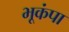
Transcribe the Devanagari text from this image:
भूकंपा